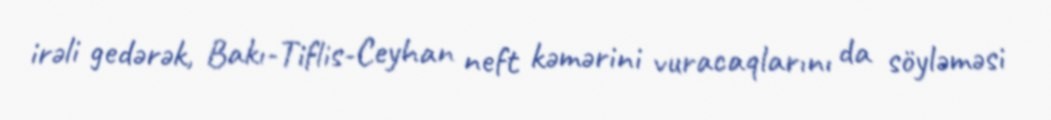
irəli gedərək, Bakı-Tiflis-Ceyhan neft kəmərini vuracaqlarını da söyləməsi